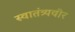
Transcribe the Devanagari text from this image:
स्‍वातंत्र्यवीर